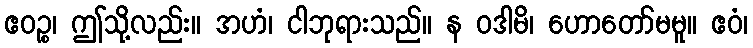
ဧဝဉ္စ၊ ဤသို့လည်း။ အဟံ၊ ငါဘုရားသည်။ န ဝဒါမိ၊ ဟောတော်မမူ။ ဧဝံ၊